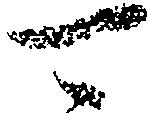
可